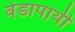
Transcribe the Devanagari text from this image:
वेडापायी